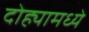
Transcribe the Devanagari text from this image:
दोह्यामध्ये